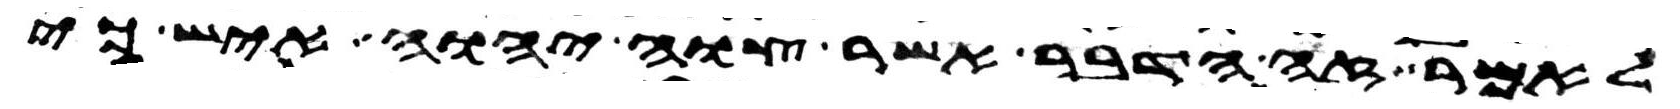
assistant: לאמר זה הדבר אשר צוה יהוה איש כי